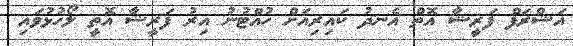
އަޝްރަފް ފަރީޝާ އޮތް އެނދު ކައިރިއަށް ހުއްޓުނު އިރު ފަރީޝާ އޮތީ ލޯހުޅުވައި